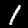
Label: 1